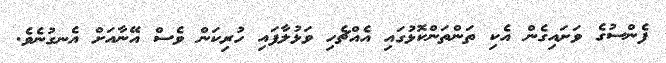
ފެންސުގެ ވަށައިގެން އެކި ތަންތަންކޮޅުގައި އެއްޗެހި ވަޅުލާފައި ހުރިކަން ވެސް އޭނާއަށް އެނގުނެވެ.